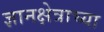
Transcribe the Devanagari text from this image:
ज्ञानक्षेत्राच्या